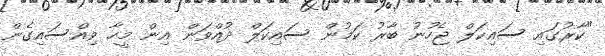
"ކާރުގައި ސައިކަލް ޖެހުނު ބާރު ކަމުން ސައިކަލް ދުއްވަން އިން މީހާ ވިއްސައިގެން